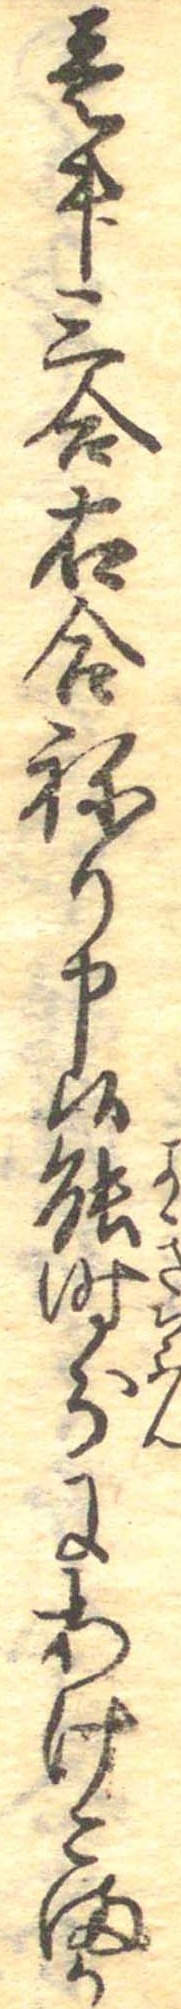
壱升三合右合ねり申候能時分にあけこまか